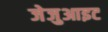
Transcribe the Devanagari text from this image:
जेजुआइट